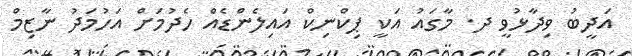
އަދީބު ވިދާޅުވީ ދ. މާގައު އަކީ ޕިކްނިކް އައިލެންޑެއް ހެދުމަށް އަހުމަދު ނާޒިމް